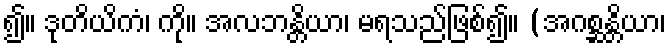
၍။ ဒုတိယိကံ၊ ကို။ အလဘန္တိယာ၊ မရသည်ဖြစ်၍။ (အဂစ္ဆန္တိယာ၊